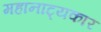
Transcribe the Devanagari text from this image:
महानाट्यकार